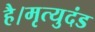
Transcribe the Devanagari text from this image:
है।मृत्युदंड